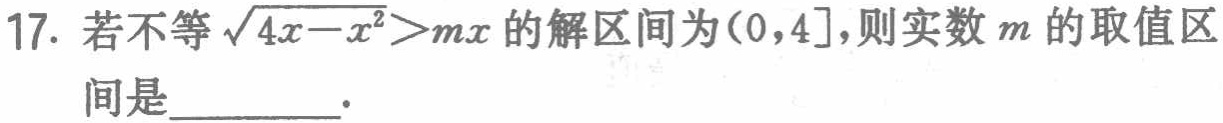
17. 若不等$\sqrt{4x - x^{2}}>mx$的解区间为$(0,4]$，则实数$m$的取值区间是  ．